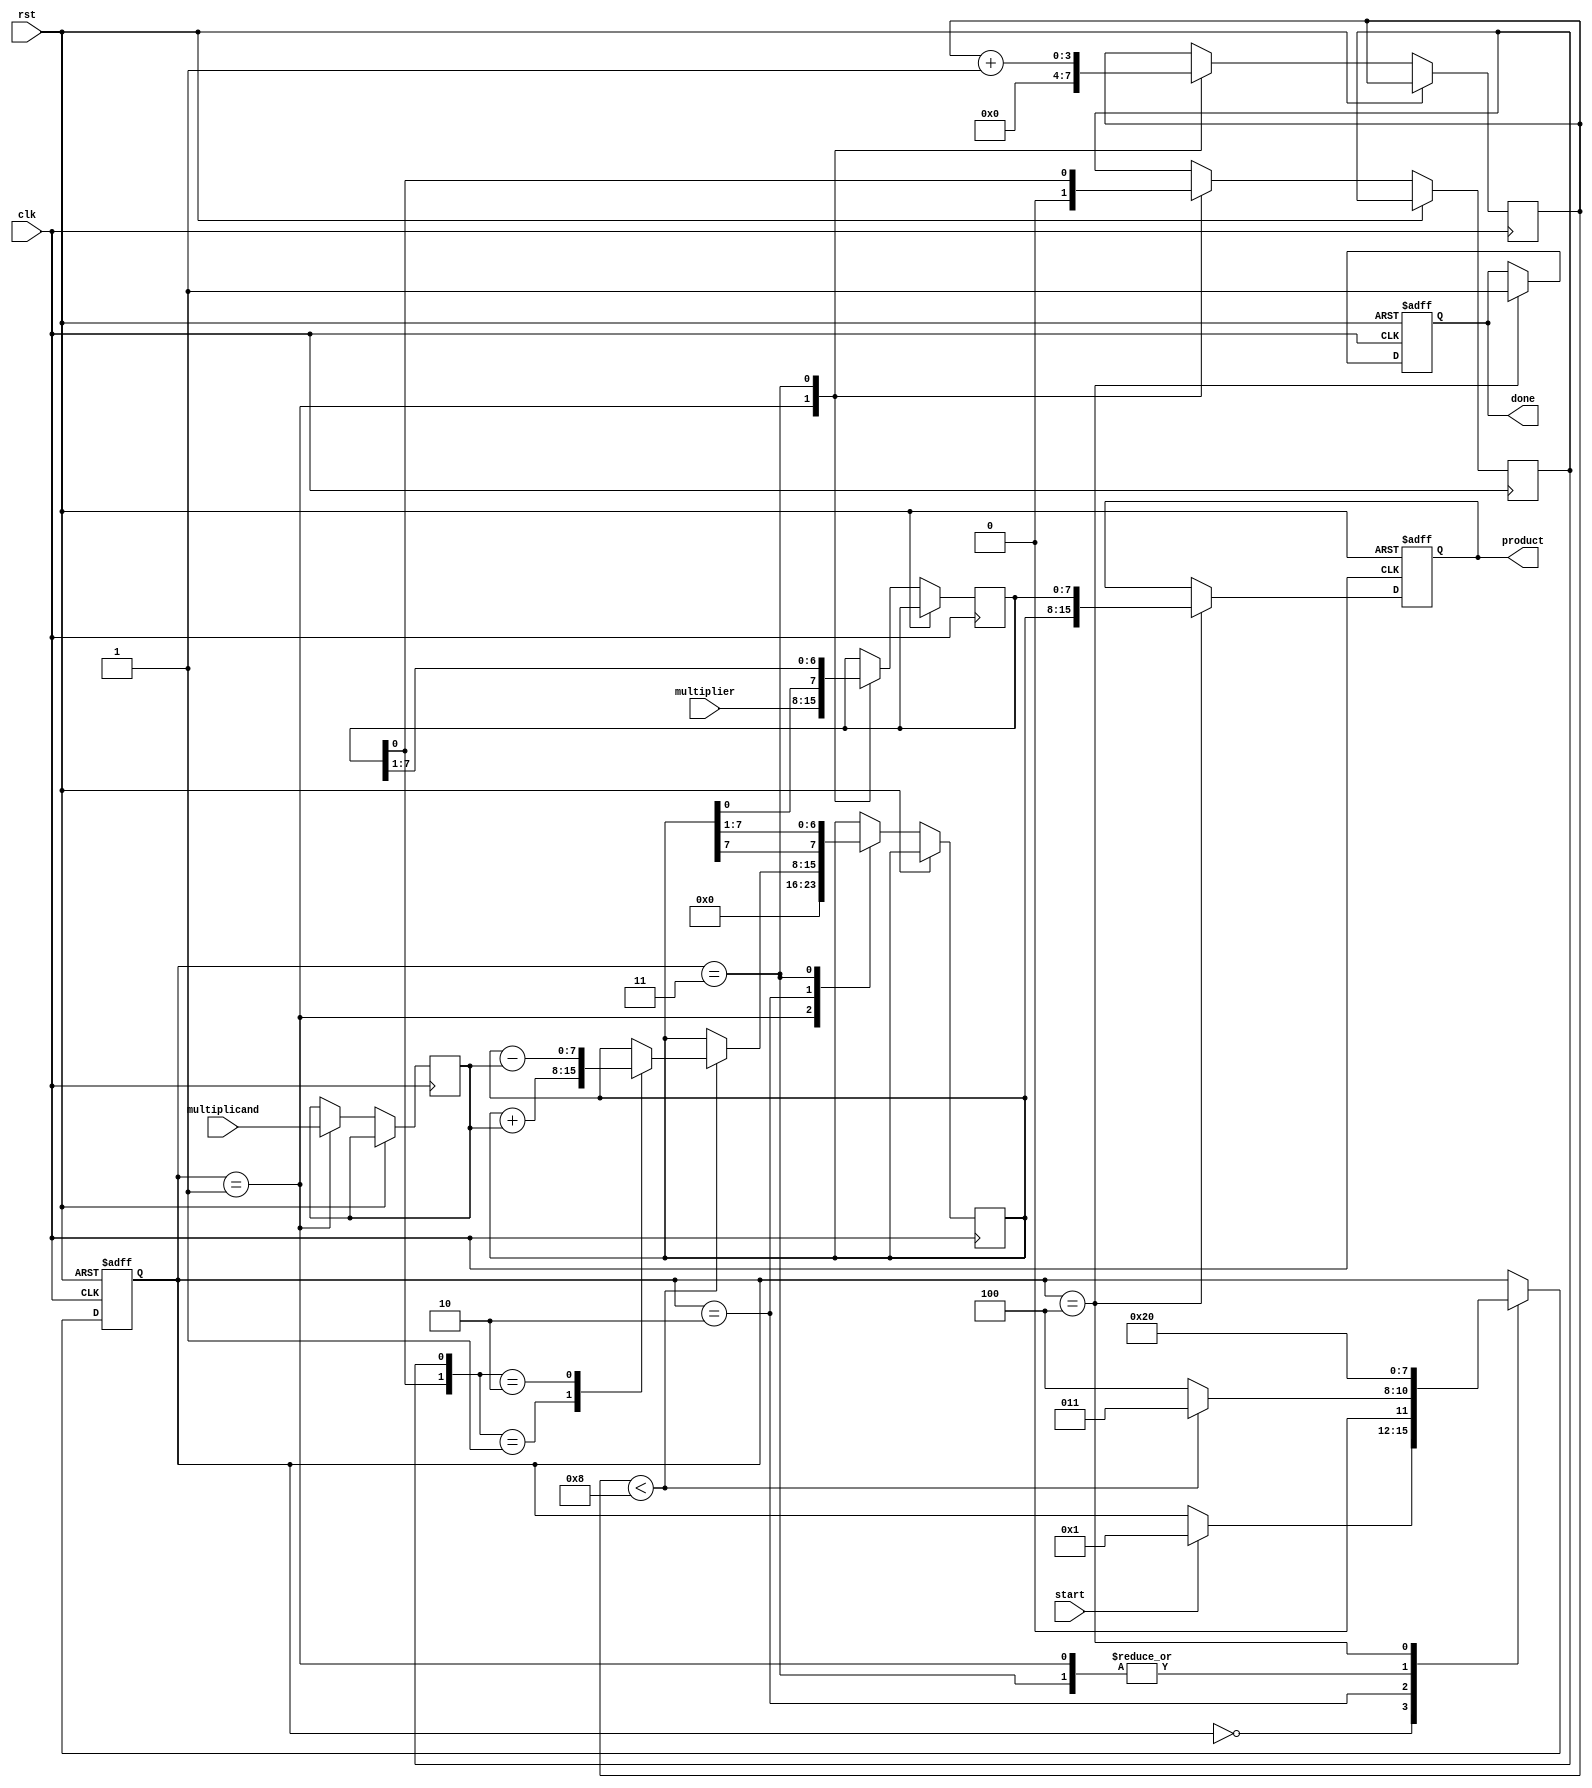
module booth_multiplier #(
    parameter N = 8 // Width of the multiplicand and multiplier
)(
    input wire clk,
    input wire rst,
    input wire start,
    input wire signed [N-1:0] multiplicand,
    input wire signed [N-1:0] multiplier,
    output reg signed [2*N-1:0] product,
    output reg done
);

    // Registers
    reg signed [N-1:0] M; // Multiplicand
    reg signed [N-1:0] Q; // Multiplier
    reg signed [N-1:0] A; // Accumulator
    reg Q_1;              // Previous LSB of Q
    reg [3:0] state;      // State for FSM
    reg [3:0] count;      // Count for iterations

    // State encoding
    localparam IDLE = 4'b0000,
               LOAD = 4'b0001,
               EXECUTE = 4'b0010,
               SHIFT = 4'b0011,
               DONE = 4'b0100;

    // FSM
    always @(posedge clk or posedge rst) begin
        if (rst) begin
            state <= IDLE;
            done <= 0;
            product <= 0;
        end else begin
            case (state)
                IDLE: begin
                    if (start) begin
                        state <= LOAD;
                    end
                end
                LOAD: begin
                    // Load values into registers
                    M <= multiplicand;
                    Q <= multiplier;
                    A <= 0;
                    Q_1 <= 0;
                    count <= 0;
                    state <= EXECUTE;
                end
                EXECUTE: begin
                    if (count < N) begin
                        // Check Q[0] and Q-1
                        case ({Q[0], Q_1})
                            2'b01: A <= A + M; // A = A + M
                            2'b10: A <= A - M; // A = A - M
                            default: ; // No operation
                        endcase
                        state <= SHIFT;
                    end else begin
                        state <= DONE;
                    end
                end
                SHIFT: begin
                    // Arithmetic right shift
                    {A, Q} <= {A[N-1], A, Q} >> 1; // Shift A and Q together
                    Q_1 <= Q[0]; // Update Q-1
                    count <= count + 1;
                    state <= EXECUTE;
                end
                DONE: begin
                    product <= {A, Q}; // Combine A and Q for final product
                    done <= 1; // Indicate multiplication is done
                    state <= IDLE; // Return to idle state
                end
            endcase
        end
    end
endmodule